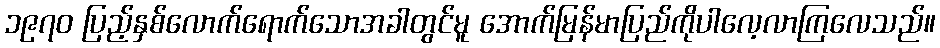
၁၉၇၀ ပြည့်နှစ်လောက်ရောက်သောအခါတွင်မူ အောက်မြန်မာပြည်ကိုပါလေ့လာကြလေသည်။